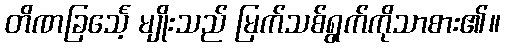
တိဏခြင်္သေ့ မျိုးသည် မြက်သစ်ရွက်ကိုသာစား၏။